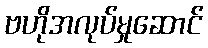
ဗဟိုအလုပ်မှုဆောင်